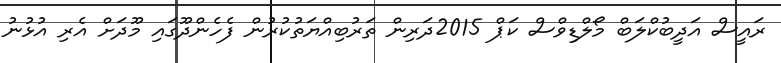
ރައީސް އަދީބުކްލަބް މޯލްޑިވްސް ކަޕް 2015ދަރިން ތަރުބިއްޔަތުކުރުން ފެހެންދޫގައި މޫދަށް އެރި އުޅުނު